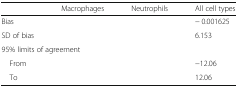
<table><thead><tr><td>[EMPTY_CELL]</td><td><b>Macrophages</b></td><td><b>Neutrophils</b></td><td><b>All cell types</b></td></tr></thead><tbody><tr><td>Bias</td><td>[EMPTY_CELL]</td><td>[EMPTY_CELL]</td><td>− 0.001625</td></tr><tr><td>SD of bias</td><td>[EMPTY_CELL]</td><td>[EMPTY_CELL]</td><td>6.153</td></tr><tr><td colspan="4">95% limits of agreement</td></tr><tr><td> From</td><td>[EMPTY_CELL]</td><td>[EMPTY_CELL]</td><td>−12.06</td></tr><tr><td> To</td><td>[EMPTY_CELL]</td><td>[EMPTY_CELL]</td><td>12.06</td></tr></tbody></table>